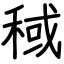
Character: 稢